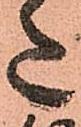
た